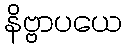
နိဗ္ဗာပယေ